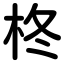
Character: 柊